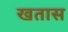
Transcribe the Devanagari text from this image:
खतास